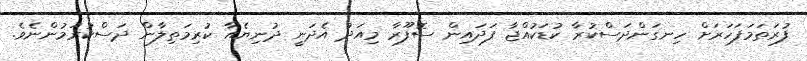
ފުރަތަމަފަހަރަށް ހިނގަންދަސްކުރާ ކުޑަކުއްޖާ ފަދައިން ސޮފޫރާ މިއަދު އެދަނީ ދުނިޔެއާ ކުރިމަތިލާން ދަސްކުރަމުންނެވެ.